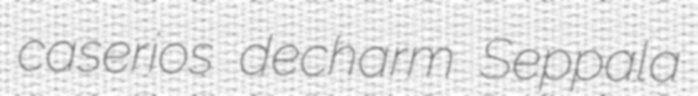
caserios decharm Seppala